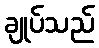
ချုပ်သည်